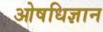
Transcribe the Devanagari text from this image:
ओषधिज्ञान